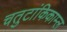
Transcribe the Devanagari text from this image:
चतुटांकिकाम्ल